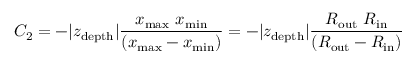
C _ { 2 } = - \vert z _ { \mathrm { d e p t h } } \vert \frac { x _ { \mathrm { m a x } } \ x _ { \mathrm { m i n } } } { \left( x _ { \mathrm { m a x } } - x _ { \mathrm { m i n } } \right) } = - \vert z _ { \mathrm { d e p t h } } \vert \frac { R _ { \mathrm { o u t } } \ R _ { \mathrm { i n } } } { \left( R _ { \mathrm { o u t } } - R _ { \mathrm { i n } } \right) }